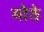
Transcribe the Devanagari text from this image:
मोेठे